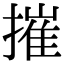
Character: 摧